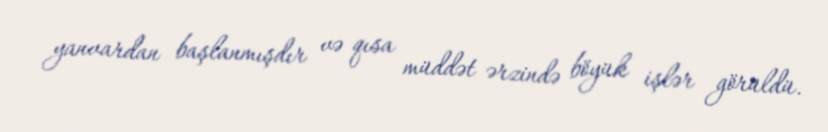
yanvardan başlanmışdır və qısa müddət ərzində böyük işlər görüldü.